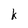
Character: k